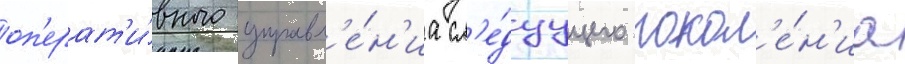
оп'ерат'и́вного управл'е́н'иа сл'е́дуущего покол'е́н'иа